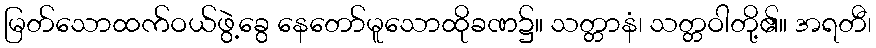
မြတ်သောထက်ဝယ်ဖွဲ့ခွေ နေတော်မူသောထိုခဏ၌။ သတ္တာနံ၊ သတ္တဝါတို့၏။ အရတီ၊